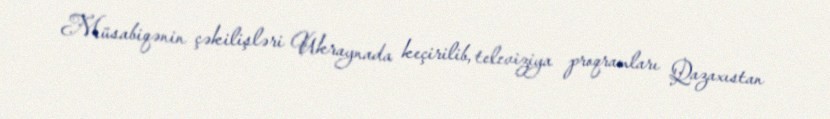
Müsabiqənin çəkilişləri Ukraynada keçirilib, televiziya proqramları Qazaxıstan